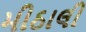
મીઠાલી